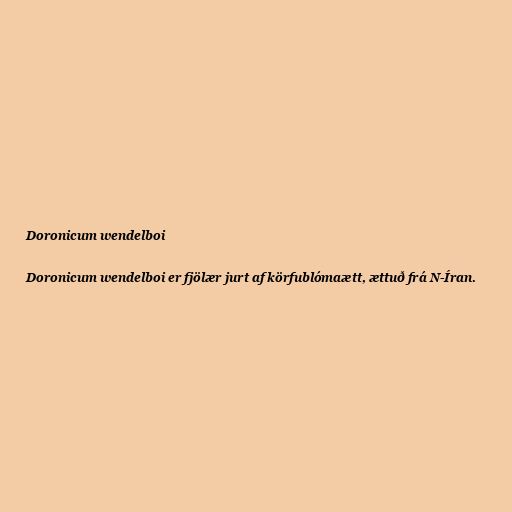
Doronicum wendelboi

Doronicum wendelboi er fjölær jurt af körfublómaætt, ættuð frá N-Íran.